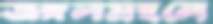
জঙ্গলমহলে